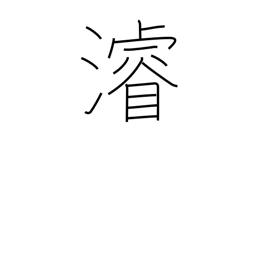
Meaning: dredge